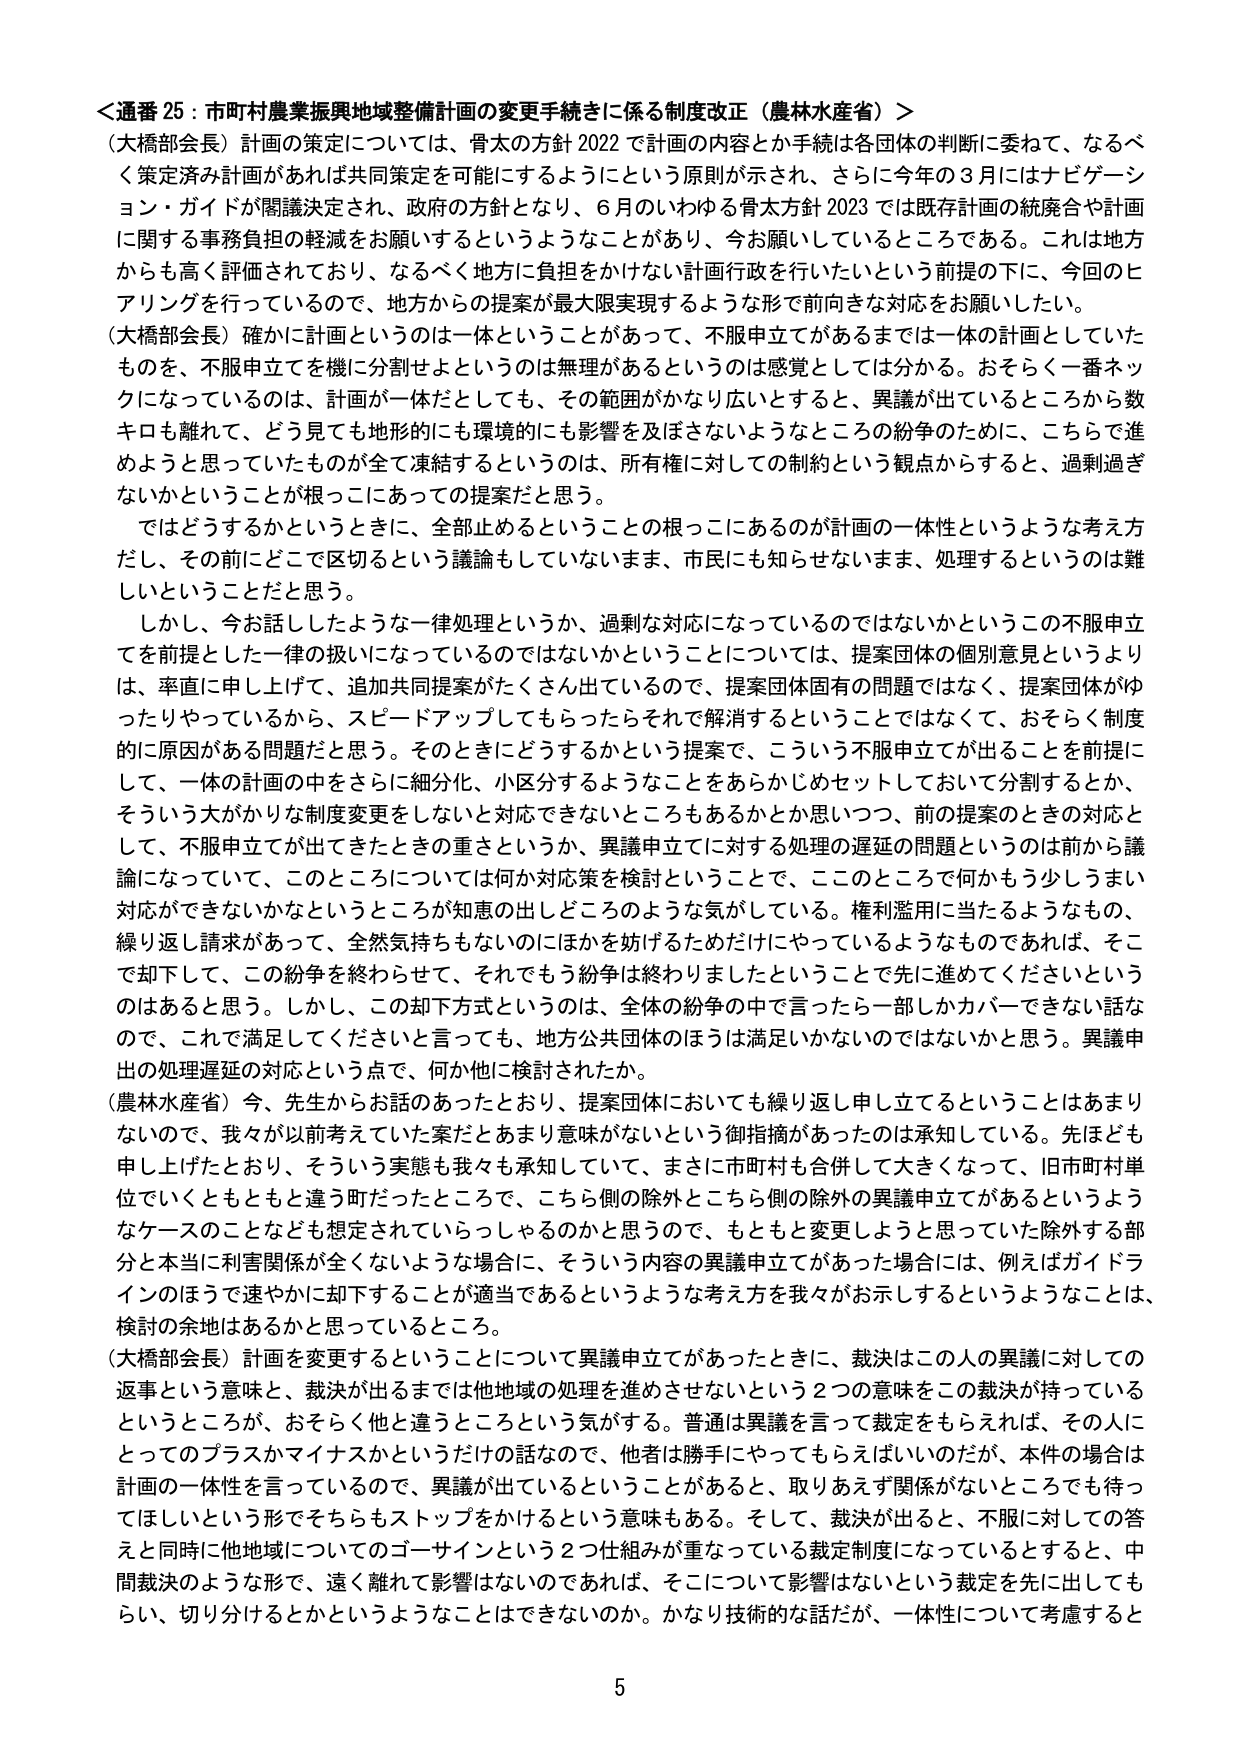
＜通番 25：市町村農業振興地域整備計画の変更手続きに係る制度改正（農林水産省）＞
（大橋部会長）計画の策定については、骨太の方針 2022 で計画の内容とか手続は各団体の判断に委ねて、なるべく策定済み計画があれば共同策定を可能にするようにという原則が示され、さらに今年の3月にはナビゲーション・ガイドが閣議決定され、政府の方針となり、6月のいわゆる骨太方針 2023 では既存計画の統廃合や計画に関する事務負担の軽減をお願いするというようなことがあり、今お願いしているところである。これは地方からも高く評価されており、なるべく地方に負担をかけない計画行政を行いたいという前提の下に、今回のヒアリングを行っているので、地方からの提案が最大限実現するような形で前向きな対応をお願いしたい。

（大橋部会長）確かに計画というのは一体ということがあって、不服申立てがあるまでは一体の計画としていたものを、不服申立てを機に分割せよというのは無理があるというのは感覚としては分かる。おそらく一番ネックになっているのは、計画が一体だとしても、その範囲がかなり広いとすると、異議が出ているところから数キロも離れて、どう見ても地形的にも環境的にも影響を及ぼさないようなところの紛争のために、こちらで進めようと思っていたものが全て凍結するというのは、所有権に対しての制約という観点からすると、過剰過ぎないかということが根っこにあっての提案だと思う。

ではどうするかというときに、全部止めるということの根っこにあるのが計画の一体性というような考え方だし、その前にどこで区切るという議論もしていないまま、市民にも知らせないまま、処理するというのは難しいということだと思う。

しかし、今お話したような一律処理というか、過剰な対応になっているのではないかというこの不服申立てを前提とした一律の扱いになっているのではないかということについては、提案団体の個別意見というよりは、率直に申し上げて、追加共同提案がたくさん出ているので、提案団体固有の問題ではなく、提案団体がゆったりやっているから、スピードアップしてもらったらそれで解消するということではなくて、おそらく制度的に原因がある問題だと思う。そのときにどうするかという提案で、こういう不服申立てが出ることを前提にして、一体の計画の中をさらに細分化、小区分するようなことをあらかじめセットしておいて分割するとか、そういう大がかりな制度変更をしないと対応できないところもあるかとお思いつつ、前の提案のときの対応として、不服申立てが出てきたときの重さというか、異議申立てに対する処理の遅延の問題というのは前から議論になっていて、このところについては何か対応策を検討ということで、このところで何かもう少し丁寧に対応ができないかなというところが知恵の出しどころのような気がしている。権利濫用に当たるようなもの、繰り返し請求があって、全然気持ちもないのにほかを妨げるためだけにやっているようなものであれば、そこで却下して、この紛争を終わらせて、それでもう紛争は終わりましたということで先に進めてくださいというのはあると思う。しかし、この却下方式というのは、全体の紛争の中で言ったら一部しかカバーできない話なので、これで満足してくださいと言っても、地方公共団体のほうは満足いかないのではないかと思う。異議申出の処理遅延の対応という点で、何か他に検討されたか。

（農林水産省）今、先生からお話のあったとおり、提案団体においても繰り返し申し立てるということはあまりないので、我々が以前考えていた案だとあまり意味がないという御指摘があったのは承知している。先ほども申し上げたとおり、そういう実態も我々も承知していて、まさに市町村も合併して大きくなって、旧市町村単位でいくとそもそも違う町だったところで、こちら側の除外とこちら側の除外の異議申立てがあるというようなケースのことなども想定されていらっしゃるのかと思うので、もともと変更しようと思っていた除外する部分と本当に利害関係が全くないような場合に、そういう内容の異議申立てがあった場合には、例えばガイドラインのほうで速やかに却下することが適当であるというような考え方を我々がお示しするということは、検討の余地はあるかと思っているところ。

（大橋部会長）計画を変更するということについて異議申立てがあったときに、裁決はこの人の異議に対しての返事という意味と、裁決が出るまでは他地域の処理を進めさせないという2つの意味をこの裁決が持っているというところが、おそらく他と違うところという気がする。普通は異議を言って裁定をもらえれば、その人にとってのプラスかマイナスかというだけの話なので、他者は勝手にやってもらえばいいのだが、本件の場合は計画の一体性を言っているので、異議が出ているということがあると、取りあえず関係がないところでも待ってほしいという形でこちらもストップをかけるという意味もある。そして、裁決が出ると、不服に対しての答えと同時に他地域についてのゴーサインという2つ仕組みが重なっている裁定制度になっているとすると、中間裁決のような形で、遠く離れて影響はないのであれば、そこについて影響はないという裁定を先に出してもらい、切り分けるとかというようなことはできないのか。かなり技術的な話だが、一体性について考慮すると

5